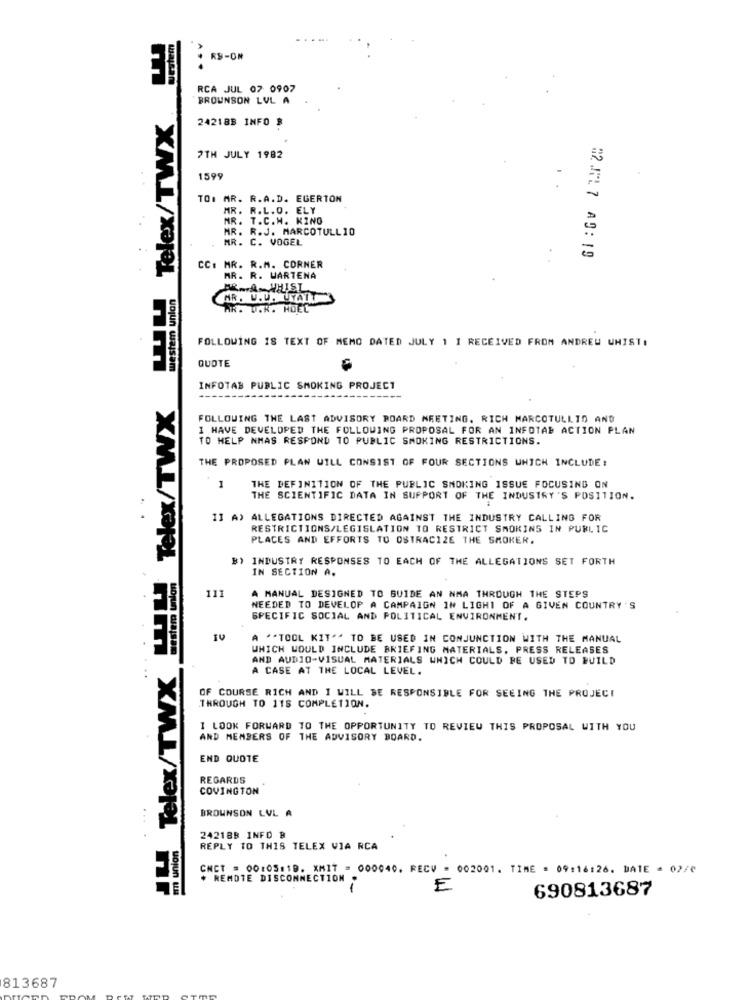
westem
RS-ON
m
RCA JUL 07 0907
BROUNSON LVL A
Westem union Telex/TWX
2421BB INFO #
7TH JULY 1982
159
TOI MR. R.A.D. EGERTON
MR. R.L.O. ELY
MR. T.C.H. KINO
MR. R.J. MARCOTULL 10
MR. C. VOGEL
02.ML 7 A9: 19
CC: MR. R.M. CORNER
MR. R. WARTENA
FRA WHIST
MR. U.U. UYAIT
AR. W.K. HOEL
FOLLOWING IS TEXT OF MEMO DATED JULY 1 I RECEIVED FROM ANDREW WHIST!
QUOTE
nm
INFOTAB PUBLIC SMOKING PROJECT
Hund Telex/TWX HIM Telex/TWX
---
FOLLOWING THE LAST ADVISORY BOARD MEETING, RICH MARCOTULLIO AND
I HAVE DEVELOPED THE FOLLOWING PROPOSAL FOR AN INFOTAB ACTION PLAN
TO HELP NMAS RESPOND TO PUBLIC SMOKING RESTRICTIONS.
THE PROPOSED PLAN WILL CONSIST OF FOUR SECTIONS WHICH INCLUDE :
1
THE DEFINITION OF THE PUBLIC SMOKING ISSUE FOCUSING ON
THE SCIENTIFIC DATA IN SUPPORT OF THE INDUSTRY 'S POSITION.
II A) ALLEGATIONS DIRECTED AGAINST THE INDUSTRY CALLING FOR
RESTRICTIONS/LEGISLATION TO RESTRICT SMOKING IN PUBLIC
PLACES AND EFFORTS TO OSTRACIZE THE SMOKER.
B) INDUSTRY RESPONSES TO EACH OF THE ALLEGATIONS SET FORTH
IN SECTION A.
111
A MANUAL DESIGNED TO GUIDE AN NMA THROUGH THE STEPS
NEEDED TO DEVELOP A CAMPAIGN IN LIGHT OF A GIVEN COUNTRY 'S
SPECIFIC SOCIAL AND POLITICAL ENVIRONMENT.
''TOOL KIT" TO BE USED IN CONJUNCTION WITH THE MANUAL
WHICH WOULD INCLUDE BRIEFING MATERIALS, PRESS RELEASES
AND AUDIO-VISUAL MATERIALS WHICH COULD BE USED TO BUILD
A CASE AT THE LOCAL LEVEL.
OF COURSE RICH AND I WILL BE RESPONSIBLE FOR SEEING THE PROJECT
THROUGH TO 11S COMPLETION.
I LOOK FORWARD TO THE OPPORTUNITY TO REVIEW THIS PROPOSAL WITH YOU
AND MEMBERS OF THE ADVISORY BOARD.
END QUOTE
REGARDS
COVINGTON
BROWNSON LVL A
2421BB INFO B
REPLY TO THIS TELEX VIA RCA
CNCT = 00:05:19. XMIT = 000040. RECV
002001. TIME - 09:16:26. DATE = 02/0
. REMOTE DISCONNECTION
-
F
690813687
813687